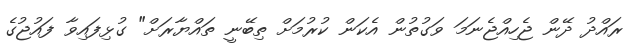
ރައްދު ދޭން ޖެހިއްޖެނަމަ ވަގުތުން އެކަން ކުރުމަށް ތިބޭނީ ތައްޔާރަށް" ގުޅިފައިވާ ފައުޖުގެ